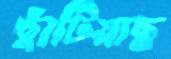
ছাঁটিয়াছ